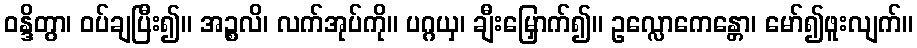
ဝန္ဒိတွာ၊ ဝပ်ချပြီး၍။ အဉ္စလိ၊ လက်အုပ်ကို။ ပဂ္ဂယှ၊ ချီးမြှောက်၍။ ဥလ္လောကေန္တော၊ မော်၍ဖူးလျက်။